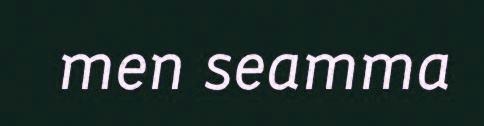
men seamma